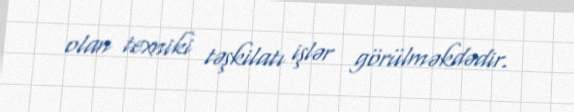
olan texniki təşkilatı işlər görülməkdədir.